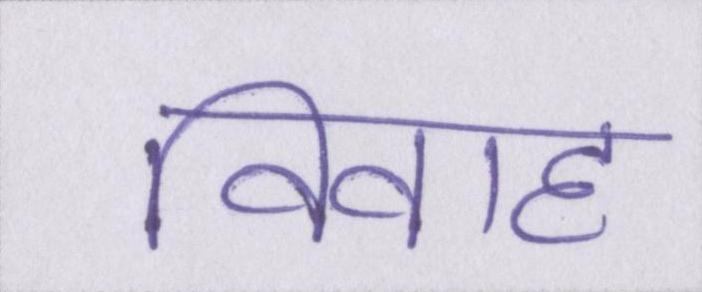
विवाह